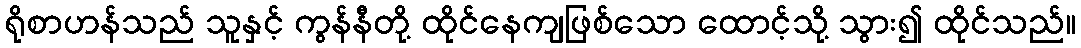
ရိုစာဟန်သည် သူနှင့် ကွန်နီတို့ ထိုင်နေကျဖြစ်သော ထောင့်သို့ သွား၍ ထိုင်သည်။